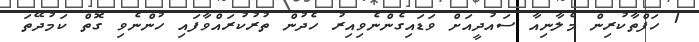
1 ހަފްތާކުރިން މެލާނިއާ ސައުދީއަށް ވަޑައިގެންނެވިއިރު ހެދުން ތުރުކުރައްވާފައި ހުންނެވި ގޮތް ކަމުދޭތަ